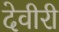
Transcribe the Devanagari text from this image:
देवीरी